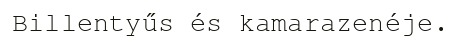
Billentyűs és kamarazenéje.